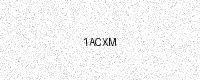
Text: 1ACXM